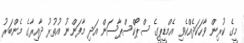
މީގެ ކުރިން ވާހަކަދެއްކެވި އެމްޑީޕީގެ ސްޕޯކްސްޕާސަން އަދި މާފަންނު އުތުރު ދާއިރާގެ މެންބަރު